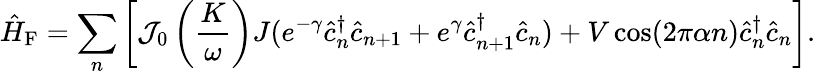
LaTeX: \hat{H}_{\mathrm{F}}=\sum_{n}\left[{\cal J}_{0}\left(\frac{K}{\omega}\right)J(e^{-\gamma}\hat{c}_{n}^{\dagger}\hat{c}_{n+1}+e^{\gamma}\hat{c}_{n+1}^{\dagger}\hat{c}_{n})+V\cos(2\pi\alpha n)\hat{c}_{n}^{\dagger}\hat{c}_{n}\right].